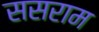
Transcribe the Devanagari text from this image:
ससराम